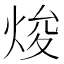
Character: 焌